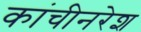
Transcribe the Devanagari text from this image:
कांचीनरेश